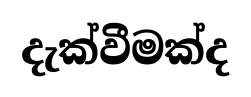
දැක්වීමක්ද